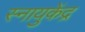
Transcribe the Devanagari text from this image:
स्नायुकेंद्र